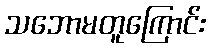
သဘောမတူကြောင်း